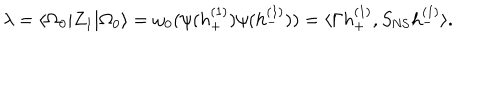
\lambda = \langle \Omega _ { 0 } | Z _ { 1 } | \Omega _ { 0 } \rangle = \omega _ { 0 } ( \psi ( h _ { + } ^ { ( 1 ) } ) \psi ( h _ { - } ^ { ( 1 ) } ) ) = \langle \Gamma h _ { + } ^ { ( 1 ) } , S _ { \mathrm { N S } } h _ { - } ^ { ( 1 ) } \rangle .